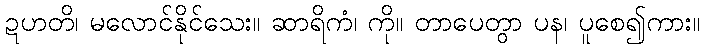
ဍဟတိ၊ မလောင်နိုင်သေး။ ဆာရိကံ၊ ကို။ တာပေတွာ ပန၊ ပူစေ၍ကား။